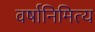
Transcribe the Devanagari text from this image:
वर्षानिमित्‍य